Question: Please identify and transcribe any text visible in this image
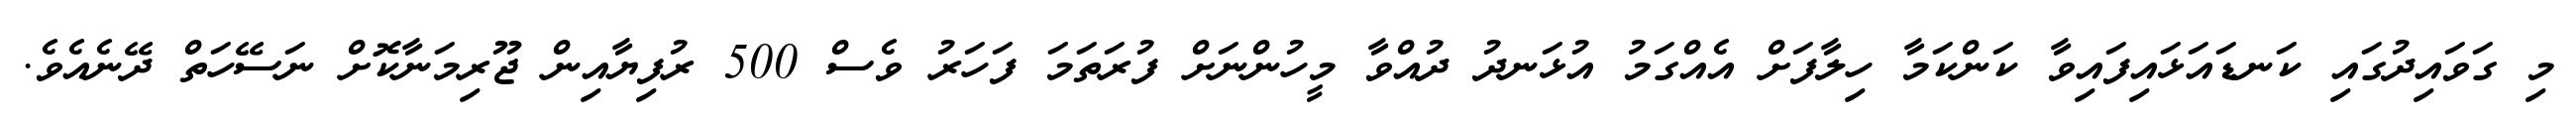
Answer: މި ގަވައިދުގައި ކަނޑައަޅައިފައިވާ ކަންކަމާ ހިލާފަށް އެއްގަމު އުޅަނދު ދުއްވާ މީހުންނަށް ފުރަތަމަ ފަހަރު ވެސް 500 ރުފިޔާއިން ޖޫރިމަނާކޮށް ނަސޭހަތް ދޭނެއެވެ.